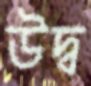
উদ্ব